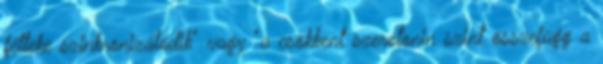
félteke szinkronizálódik" vagy "a csökkent szerotonin szint összefügg a